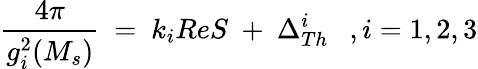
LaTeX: {\frac{4\pi}{g_{i}^{2}(M_{s})}}\ =\ k_{i}ReS\ +\ \Delta_{Th}^{i}\ \ \ ,i=1,2,3